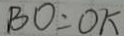
B O = O K